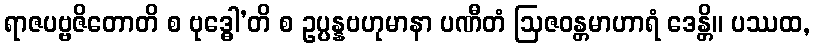
ရာဇပဗ္ဗဇိတောတိ စ ဗုဒ္ဓေါ’တိ စ ဥပ္ပန္နဗဟုမာနာ ပဏီတံ ဩဇဝန္တမာဟာရံ ဒေန္တိ။ ပဿထ,